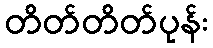
တိတ်တိတ်ပုန်း